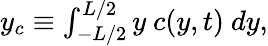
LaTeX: \begin{array}{r}{y_{c}\equiv\int_{-L/2}^{L/2}y\ c(y,t)\ dy,}\end{array}